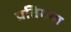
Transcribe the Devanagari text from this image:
प्रतिगया